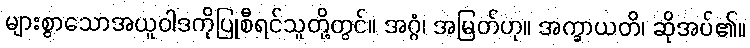
များစွာသောအယူဝါဒကိုပြုစီရင်သူတို့တွင်။ အဂ္ဂံ၊ အမြတ်ဟု။ အက္ခာယတိ၊ ဆိုအပ်၏။